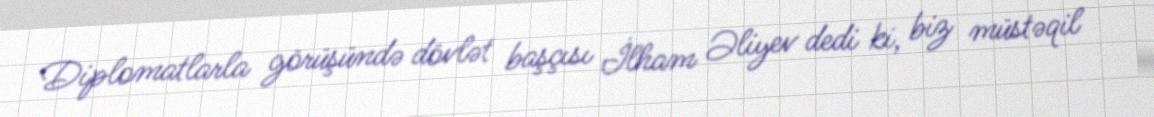
Diplomatlarla görüşündə dövlət başçısı İlham Əliyev dedi ki, biz müstəqil